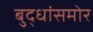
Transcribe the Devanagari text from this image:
बुद्धांसमोर